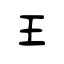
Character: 王